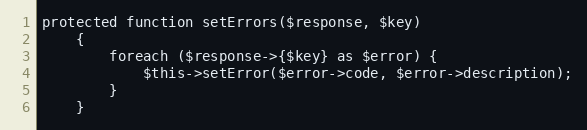
Language: PHP
protected function setErrors($response, $key)
    {
        foreach ($response->{$key} as $error) {
            $this->setError($error->code, $error->description);
        }
    }